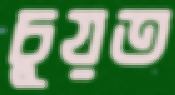
চুয়ত